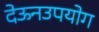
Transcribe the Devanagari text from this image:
देऊनउपयोग